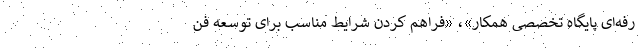
رفه‌ای پایگاه تخصصی همکار»، «فراهم کردن شرایط مناسب برای توسعه فن